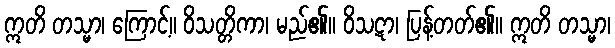
ဣတိ တသ္မာ၊ ကြောင့်။ ဝိသတ္တိကာ၊ မည်၏။ ဝိသဋာ၊ ပြန့်တတ်၏။ ဣတိ တသ္မာ၊